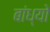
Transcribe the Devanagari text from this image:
बांध्‍यो